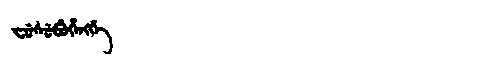
Manchu: ᠸᡠᠰᡠᠪᡠᡥᡝᠩᡤᡝ
Romanization: FUSUBUHENGGE